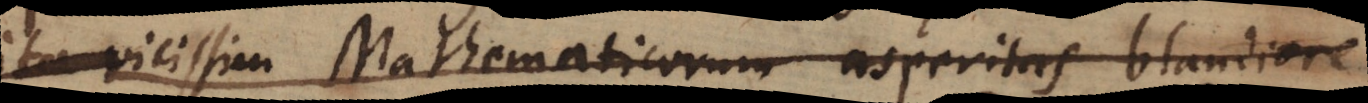
ita vicissim Mathematicorum asperitas blandiore